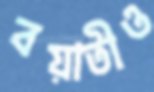
বয়াতীও